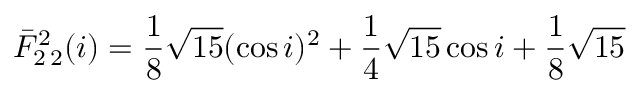
\bar { F } _ { 2 \, 2 } ^ { 2 } ( i ) = \frac { 1 } { 8 } \sqrt { 1 5 } ( \cos i ) ^ { 2 } + \frac { 1 } { 4 } \sqrt { 1 5 } \cos i + \frac { 1 } { 8 } \sqrt { 1 5 }